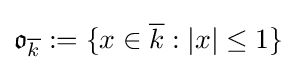
{\mathfrak {o}}_{\overline {k}}:=\{x\in {\overline {k}}:|x|\leq 1\}